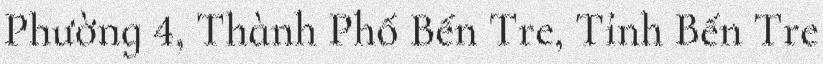
Phường 4, Thành Phố Bến Tre, Tỉnh Bến Tre